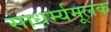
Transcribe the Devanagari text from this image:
साधर्म्यमूलक